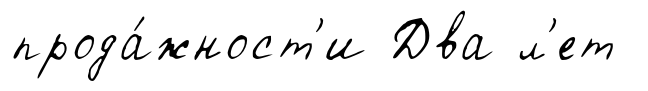
прода́жност'и Два л'ет